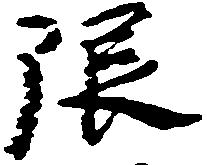
限